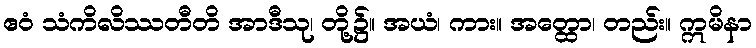
ဧဝံ သံကိလိဿတီတိ အာဒီသု၊ တို့၌။ အယံ၊ ကား။ အတ္ထော၊ တည်း။ ဣမိနာ